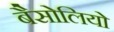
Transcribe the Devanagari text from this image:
बैसोलियो